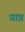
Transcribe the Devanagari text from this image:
प्रात्र